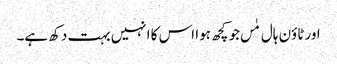
اور ٹاؤن ہال مٰں جو کچھ ہوا اس کا انہیں بہت دکھ ہے۔